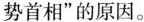
势首相”的原因。